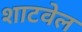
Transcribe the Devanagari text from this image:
शाटवेल